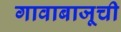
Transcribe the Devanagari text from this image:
गावाबाजूची